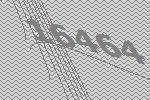
16464